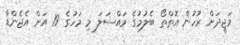
މަޖީދަށް ރުހުން އޮތްތޯ ބެލުމުގެ މައްސަލަ މި މަހުގެ 19 އަށް އެޖެންޑާ